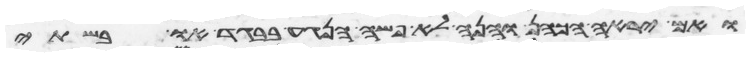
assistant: ואם יראה הכהן והנה לא פשה הנגע בבגד או בשתי